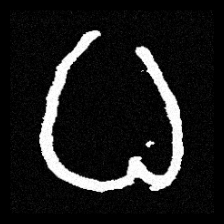
Pyu character \u2014 Myanmar letter: ဓ (romanized: dha)